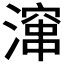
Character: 𪷚